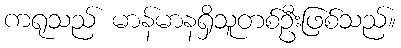
ကရုသည် မာန်မာနရှိသူတစ်ဦးဖြစ်သည်။